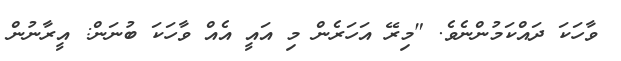
ވާހަކަ ދައްކަމުންނެވެ. "މިރޭ އަހަރެން މި އައީ އެއް ވާހަކަ ބުނަން: އީރާނުން